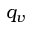
q _ { v }